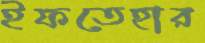
ইফতেহার